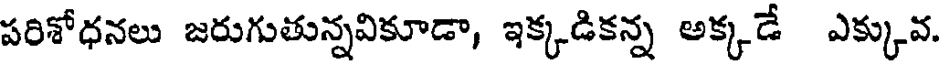
పరిశోధనలు జరుగుతున్నవికూడా, ఇక్కడికన్న అక్కడే ఎక్కువ.